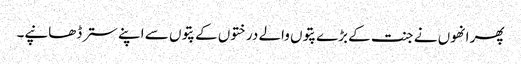
پھر انھوں نے جنت کے بڑے پتوں والے درختوں کے پتوں سے اپنے ستر ڈھانپے۔